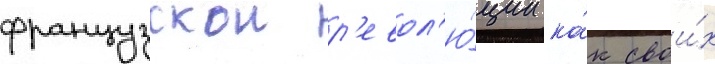
французскои р'евол'ю́ции ка́к свои́х